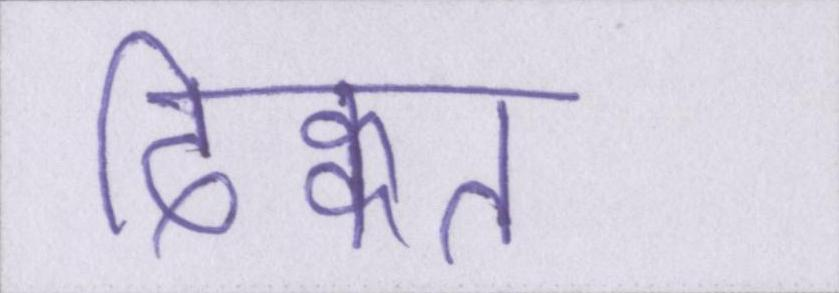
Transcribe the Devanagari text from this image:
दिक्कत